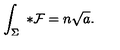
\int _ { \Sigma } \ { * } { \cal F } = n \sqrt { a } .